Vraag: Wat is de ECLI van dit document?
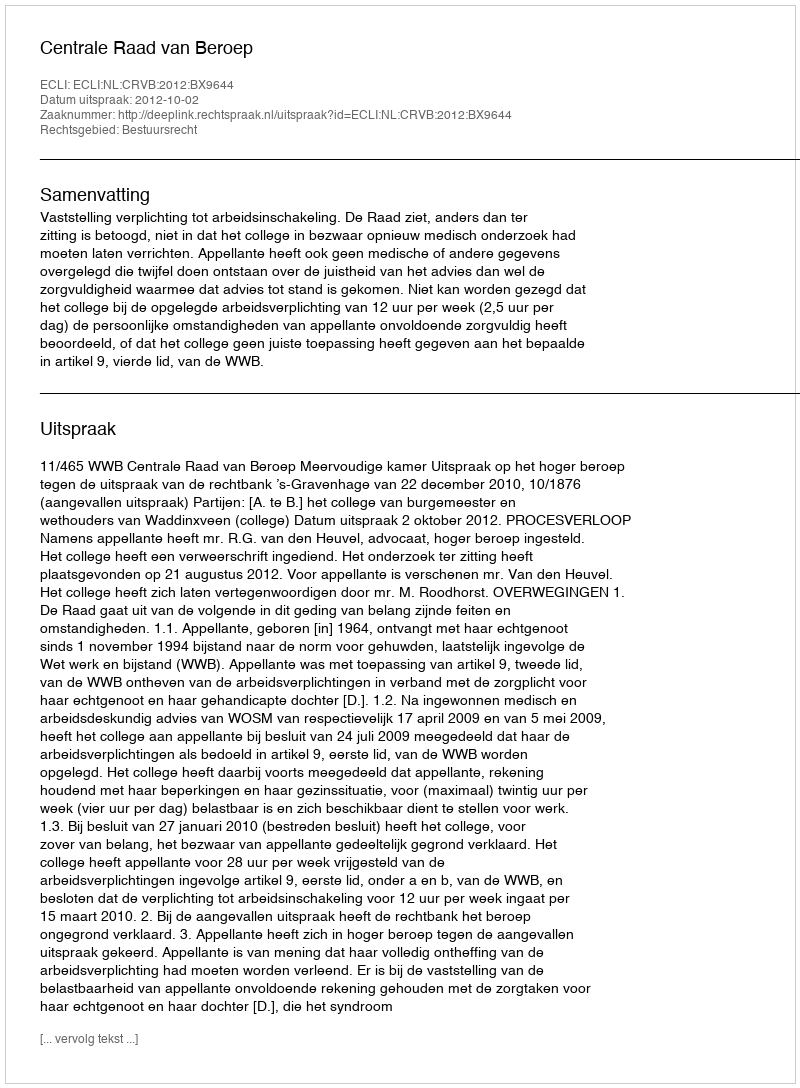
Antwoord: ECLI:NL:CRVB:2012:BX9644